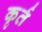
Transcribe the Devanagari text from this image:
कृर्त